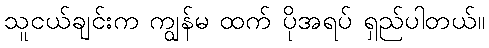
သူငယ်ချင်းက ကျွန်မ ထက် ပိုအရပ် ရှည်ပါတယ်။